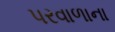
પરવાળાના